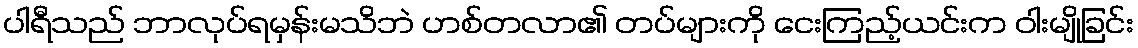
ပါရီသည် ဘာလုပ်ရမှန်းမသိဘဲ ဟစ်တလာ၏ တပ်များကို ငေးကြည့်ယင်းက ဝါးမျိုခြင်း